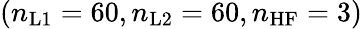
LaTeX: (n_{\mathrm{L1}}=60,n_{\mathrm{L2}}=60,n_{\mathrm{HF}}=3)